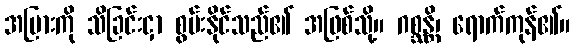
အပြားကို သိခြင်းငှာ စွမ်းနိုင်သည်၏ အဖြစ်သို့။ ဂစ္ဆန္တိ၊ ရောက်ကုန်၏။